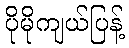
ပိုမိုကျယ်ပြန့်